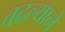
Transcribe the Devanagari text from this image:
चढल्याने